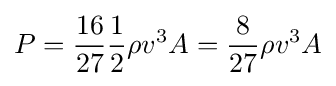
P={\frac {16}{27}}{\frac {1}{2}}\rho v^{3}A={\frac {8}{27}}\rho v^{3}A